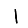
Digit: 1